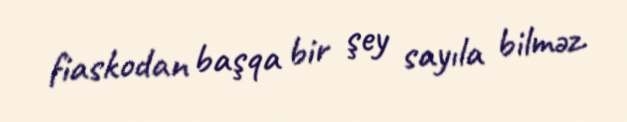
fiaskodan başqa bir şey sayıla bilməz.